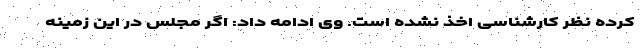
کرده نظر کارشناسی اخذ نشده است. وی ادامه داد: اگر مجلس در این زمینه